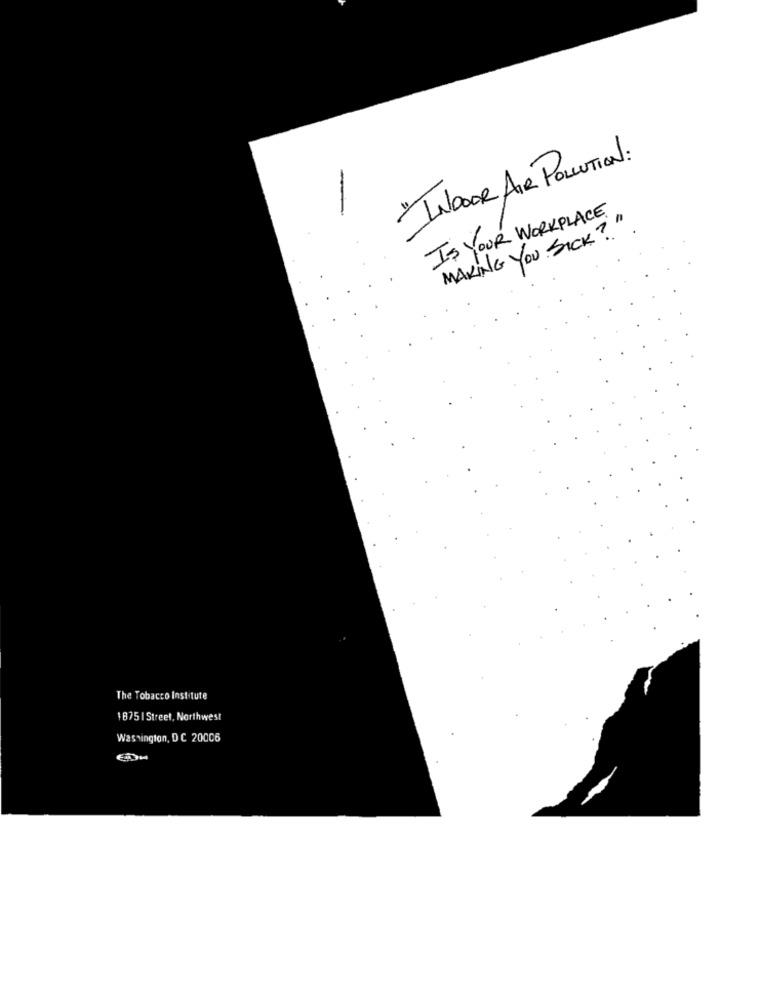
INDOOR AIR POLLUTION:
IS YOUR WORKPLACE
MAKING YOU SICK?".
The Tobacco Institute
1875 1 Street, Northwest
Washington, DC 20006